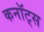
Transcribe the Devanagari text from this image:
कनॉट्स